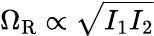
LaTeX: \Omega_{\mathrm{R}}\propto\sqrt{I_{1}I_{2}}